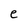
Character: e